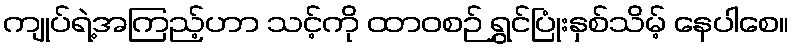
ကျုပ်ရဲ့အကြည့်ဟာ သင့်ကို ထာဝစဉ် ရွှင်ပြုံးနှစ်သိမ့် နေပါစေ။